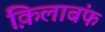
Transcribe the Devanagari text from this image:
क़िलाबंफ